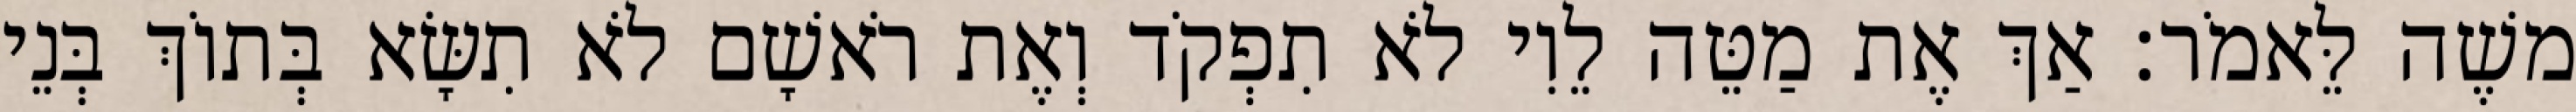
משֶׁה לֵּאמֹר׃ אַךְ אֶת מַטֵּה לֵוִי לֹא תִפְקֹד וְאֶת רֹאשָׁם לֹא תִשָּׂא בְּתוֹךְ בְּנֵי